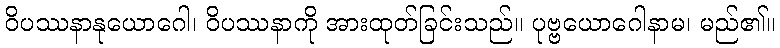
ဝိပဿနာနုယောဂေါ၊ ဝိပဿနာကို အားထုတ်ခြင်းသည်။ ပုဗ္ဗယောဂေါနာမ၊ မည်၏။